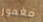
مغمور